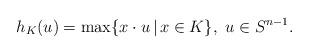
LaTeX: \begin{align*}h_K (u) = \max \{ x \cdot u \, \vert \, x \in K \} ,\ u \in S^{n-1} .\end{align*}